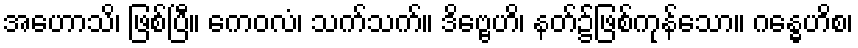
အဟောသိ၊ ဖြစ်ပြီ။ ကေဝလံ၊ သက်သက်။ ဒိဗ္ဗေဟိ၊ နတ်၌ဖြစ်ကုန်သော။ ဂန္ဓေဟိစ၊